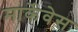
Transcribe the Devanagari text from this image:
मार्केवेस